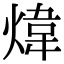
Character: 煒